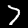
Label: 7